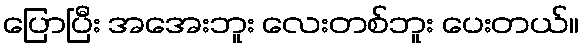
ပြောပြီး အအေးဘူး လေးတစ်ဘူး ပေးတယ်။